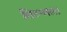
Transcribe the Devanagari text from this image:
तिरुनाल।